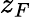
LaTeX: z_{F}